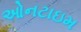
ઓનટાઇમ